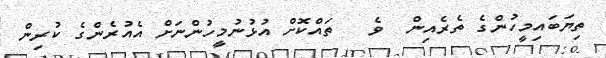
ތިޔަބައިމީހުންގެ ތެރެއިން  ވެ   ތައްކޮށް އުޅުނުމީހުންނަށް އެއުރެންގެ ކުރިން